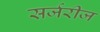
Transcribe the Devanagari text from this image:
सर्जरीज